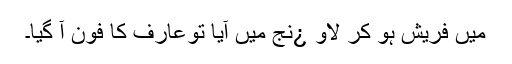
میں فریش ہو کر لاو ¿نج میں آیا توعارف کا فون آ گیا۔